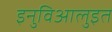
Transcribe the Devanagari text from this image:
इनुविआलुइत